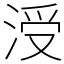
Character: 涭